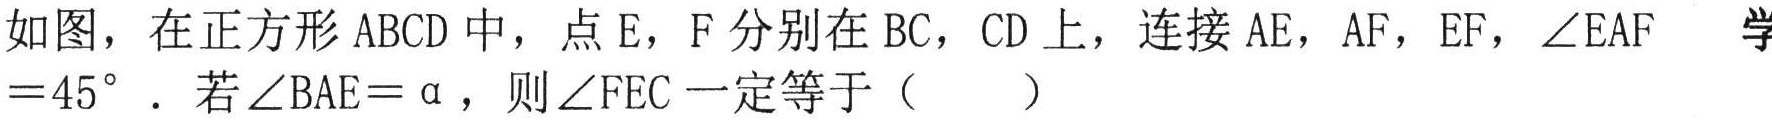
如图，在正方形\(ABCD\)中，点\(E\)，\(F\)分别在\(BC\)，\(CD\)上，连接\(AE\)，\(AF\)，\(EF\)，\(\angle EAF = 45^{\circ}\)．若\(\angle BAE=\alpha\)，则\(\angle FEC\)一定等于（  ）